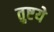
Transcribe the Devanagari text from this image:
तुष्टये